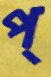
প্